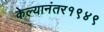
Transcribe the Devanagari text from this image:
केल्यानंतर१९४९